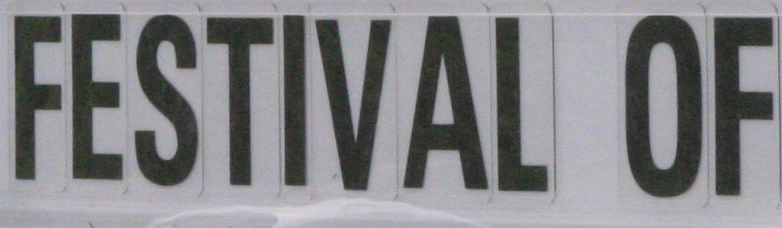
FESTIVAL OF